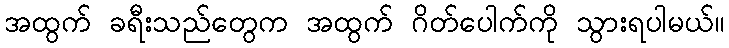
အထွက် ခရီးသည်တွေက အထွက် ဂိတ်ပေါက်ကို သွားရပါမယ်။